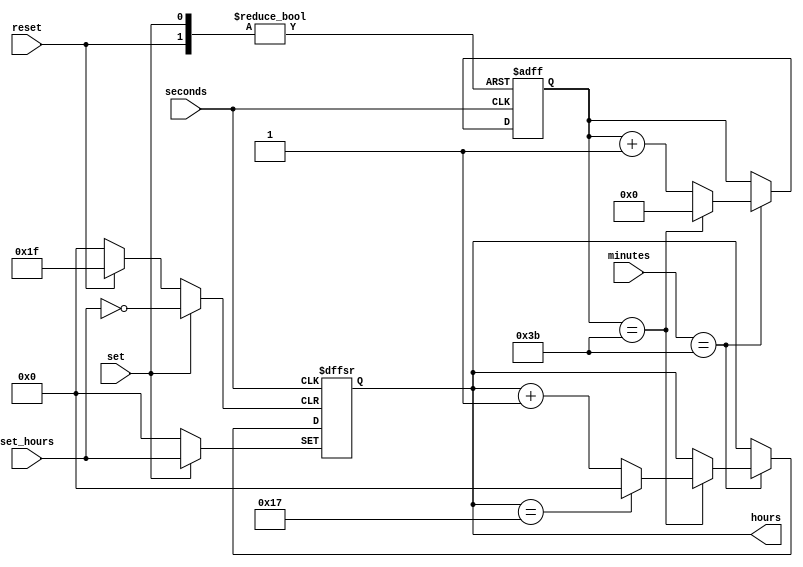
module hourCounter (seconds, minutes, reset, set, set_hours, hours);

input reset;
input set;
input [4:0] set_hours;
input seconds;
input [6:0] minutes;
output reg[4:0] hours=0;

reg [6:0] count = 0;

always @(negedge seconds, posedge reset, posedge set)
    begin
        if (reset == 1)
            begin
                hours <= 0;
                count <= 0;
            end 
        else if (set == 1)
            begin
                hours <= set_hours;
                count <= 0;
            end 
        else if (minutes == 59)
        begin

            if (count == 59)
                begin
                    if (hours == 23)
                        hours <= 0;
                    else
                        hours <= hours + 1;
                    count <= 0;           
                end
            else
                count <= count +1;
        end
            
    end

endmodule